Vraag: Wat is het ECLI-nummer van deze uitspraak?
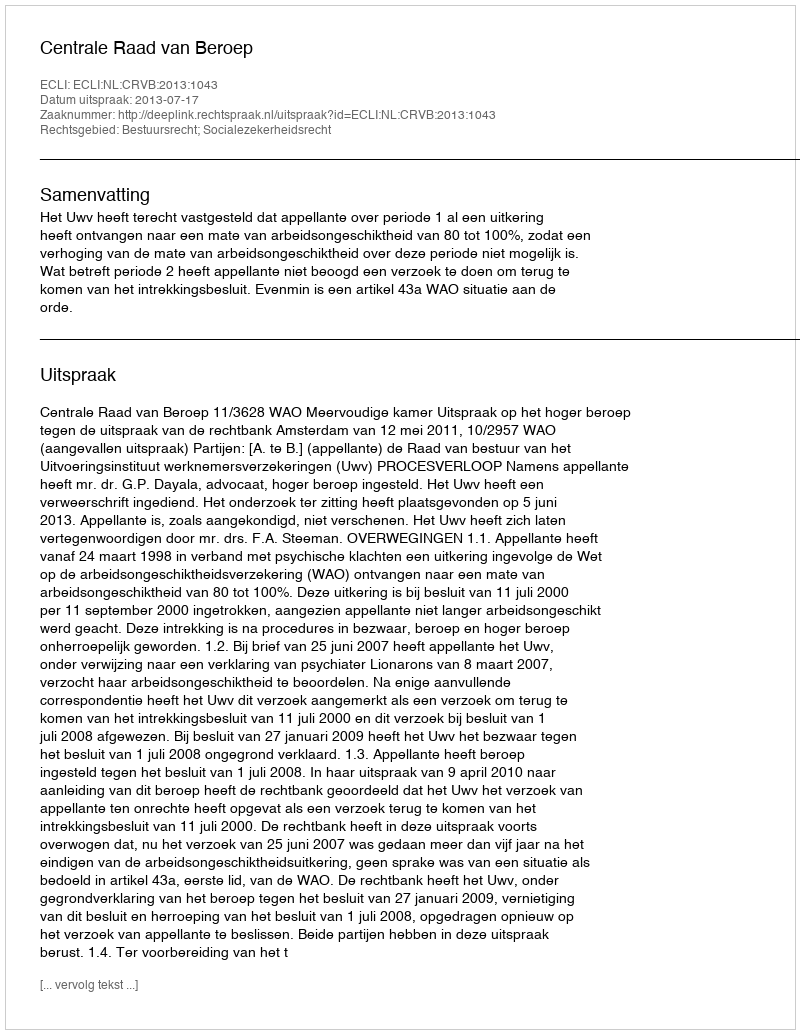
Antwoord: ECLI:NL:CRVB:2013:1043